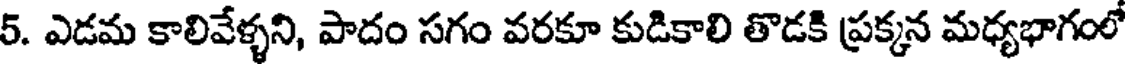
5. ఎడమ కాలివేళ్ళని, పాదం సగం వరకూ కుడికాలి తొడకి ప్రక్కన మధ్యభాగంలో